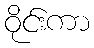
ဝိုင်းကာ